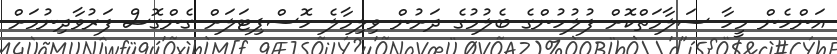
އަންހެން މީހާ ސަލާމަތްކޮށް ފުލުހުންގެ ބެލުމުގެ ދަށުން ވިލިމާލެ ހޮސްޕިޓަލަށް ގެންގޮސް ފަރުވާދިނުމަށް